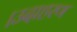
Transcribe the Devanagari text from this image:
।उदाहरण